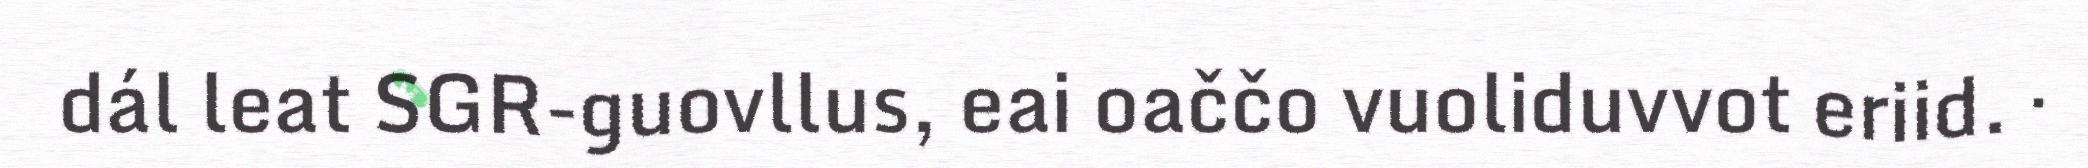
dál leat SGR-guovllus, eai oaččo vuoliduvvot eriid. ·